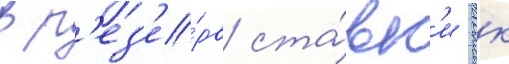
в р'ез'е́рв ста́вк'и вгк